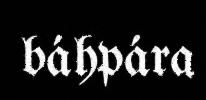
báhpára